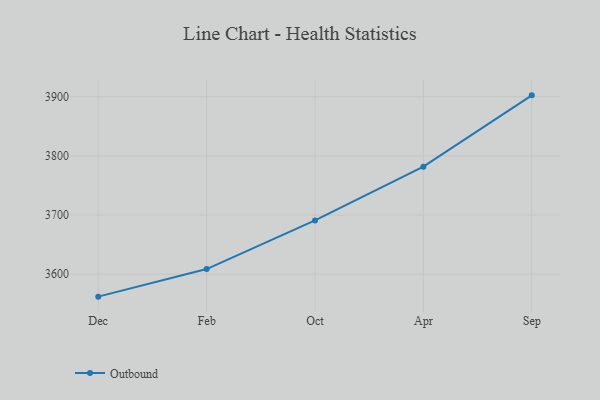
{"axis": {"x": "Month", "y": "Energy Usage (MWh)"}, "legend": ["Outbound"], "data": [{"x": "Dec", "y": 3562.1, "type": "Outbound"}, {"x": "Feb", "y": 3608.7, "type": "Outbound"}, {"x": "Oct", "y": 3690.9, "type": "Outbound"}, {"x": "Apr", "y": 3781.8, "type": "Outbound"}, {"x": "Sep", "y": 3902.3, "type": "Outbound"}]}